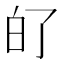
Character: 𤽀